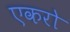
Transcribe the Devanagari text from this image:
एकरो